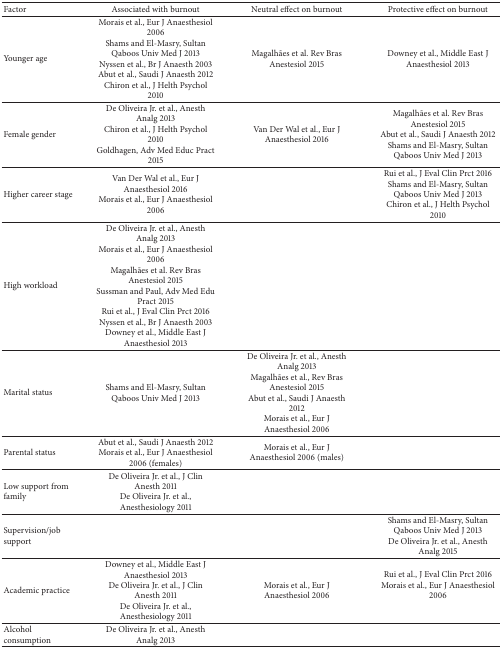
| Factor | Associated with burnout | Neutral effect on burnout | Protective effect on burnout |
 | --- | --- | --- | --- |
 | Younger age | Morais et al., Eur J Anaesthesiol 2006Shams and El-Masry, Sultan Qaboos Univ Med J 2013Nyssen et al., Br J Anaesth 2003Abut et al., Saudi J Anaesth 2012Chiron et al., J Helth Psychol 2010 | Magalhães et al. Rev Bras Anestesiol 2015 | Downey et al., Middle East J Anaesthesiol 2013 |
 | Female gender | De Oliveira Jr. et al., Anesth Analg 2013Chiron et al., J Helth Psychol 2010Goldhagen, Adv Med Educ Pract 2015 | Van Der Wal et al., Eur J Anaesthesiol 2016 | Magalhães et al. Rev Bras Anestesiol 2015Abut et al., Saudi J Anaesth 2012Shams and El-Masry, Sultan Qaboos Univ Med J 2013 |
 | Higher career stage | Van Der Wal et al., Eur J Anaesthesiol 2016 Morais et al., Eur J Anaesthesiol 2006 |  | Rui et al., J Eval Clin Prct 2016Shams and El-Masry, Sultan Qaboos Univ Med J 2013Chiron et al., J Helth Psychol 2010 |
 | High workload | De Oliveira Jr. et al., Anesth Analg 2013Morais et al., Eur J Anaesthesiol 2006Magalhães et al. Rev Bras Anestesiol 2015Sussman and Paul, Adv Med Edu Pract 2015Rui et al., J Eval Clin Prct 2016Nyssen et al., Br J Anaesth 2003Downey et al., Middle East J Anaesthesiol 2013 |  |  |
 | Marital status | Shams and El-Masry, Sultan Qaboos Univ Med J 2013 | De Oliveira Jr. et al., Anesth Analg 2013Magalhães et al., Rev Bras Anestesiol 2015 Abut et al., Saudi J Anaesth 2012Morais et al., Eur J Anaesthesiol 2006 |  |
 | Parental status | Abut et al., Saudi J Anaesth 2012Morais et al., Eur J Anaesthesiol 2006 (females) | Morais et al., Eur J Anaesthesiol 2006 (males) |  |
 | Low support from family | De Oliveira Jr. et al., J Clin Anesth 2011De Oliveira Jr. et al., Anesthesiology 2011 |  |  |
 | Supervision/job support |  |  | Shams and El-Masry, Sultan Qaboos Univ Med J 2013De Oliveira Jr. et al., Anesth Analg 2015 |
 | Academic practice | Downey et al., Middle East J Anaesthesiol 2013De Oliveira Jr. et al., J Clin Anesth 2011De Oliveira Jr. et al., Anesthesiology 2011 | Morais et al., Eur J Anaesthesiol 2006 | Rui et al., J Eval Clin Prct 2016Morais et al., Eur J Anaesthesiol 2006 |
 | Alcohol consumption | De Oliveira Jr. et al., Anesth Analg 2013 |  |  |